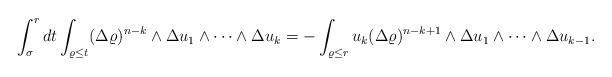
LaTeX: \begin{align*}\int_\sigma^rdt \int_{\varrho \leq t}(\Delta \varrho)^{n-k}\wedge \Delta u_1\wedge\dots\wedge \Delta u_k =- \int_{\varrho \leq r}u_k(\Delta \varrho)^{n-k+1}\wedge \Delta u_1\wedge\dots\wedge \Delta u_ { k-1 } .\end{align*}